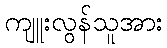
ကျူးလွန်သူအား